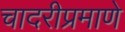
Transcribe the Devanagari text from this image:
चादरीप्रमाणे